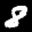
Label: 8